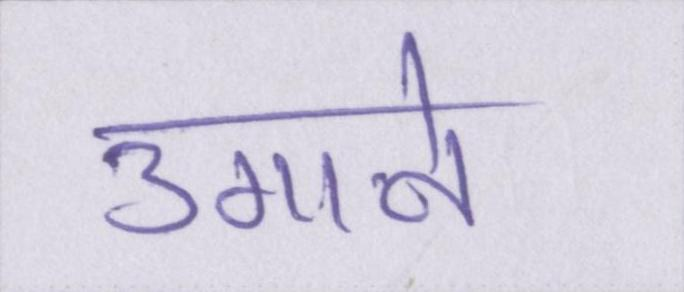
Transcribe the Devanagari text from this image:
उगाने